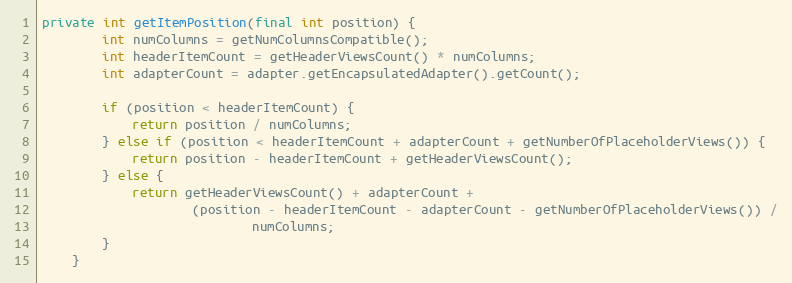
Language: Java
private int getItemPosition(final int position) {
        int numColumns = getNumColumnsCompatible();
        int headerItemCount = getHeaderViewsCount() * numColumns;
        int adapterCount = adapter.getEncapsulatedAdapter().getCount();

        if (position < headerItemCount) {
            return position / numColumns;
        } else if (position < headerItemCount + adapterCount + getNumberOfPlaceholderViews()) {
            return position - headerItemCount + getHeaderViewsCount();
        } else {
            return getHeaderViewsCount() + adapterCount +
                    (position - headerItemCount - adapterCount - getNumberOfPlaceholderViews()) /
                            numColumns;
        }
    }